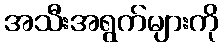
အသီးအရွက်များကို